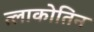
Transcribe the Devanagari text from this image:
त्लाकोतिन